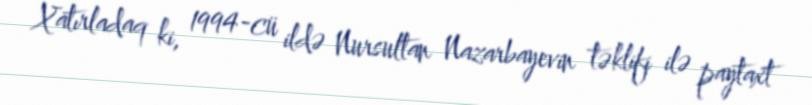
Xatırladaq ki, 1994-cü ildə Nursultan Nazarbayevin təklifi ilə paytaxt